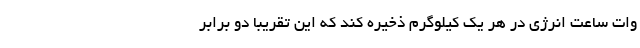
وات ساعت انرژی در هر یک کیلوگرم ذخیره کند که این تقریباً دو برابر